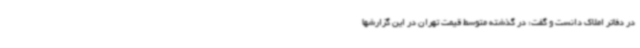
در دفاتر املاک دانست و گفت: در گذشته متوسط قیمت تهران در این گزارشها